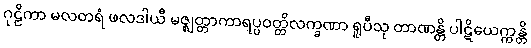
ဂုဠိကာ မလတရံ ဖလဒါယီ မဇ္ဈတ္တာကာရပ္ပဝတ္တိလက္ခဏာ ရူပီသု တာဏန္တိ ပါဋိယေက္ကန္တိ